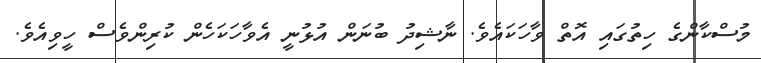
މުސްކާންގެ ހިތުގައި އޮތް ވާހަކައެވެ. ނާޝިދު ބުނަން އުޅުނީ އެވާހަކަހެން ކުރިންވެސް ހީވިއެވެ.